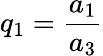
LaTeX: q_{1}=\frac{a_{1}}{a_{3}}